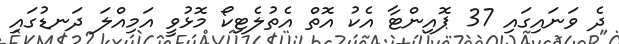
ދެ ވަނައިގައި 37 ޕޮއިންޓާ އެކު އޮތް އެތުލެޓިކޯ މޮޅުވީ އަމިއްލަ ދަނޑުގައި